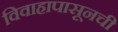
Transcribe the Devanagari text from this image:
विवाहापासूनची